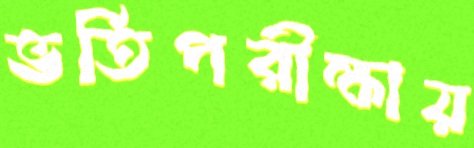
ভর্তিপরীক্ষায়